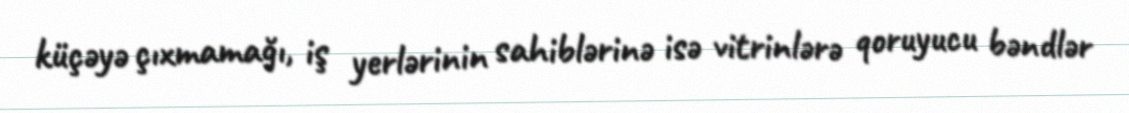
küçəyə çıxmamağı, iş yerlərinin sahiblərinə isə vitrinlərə qoruyucu bəndlər